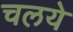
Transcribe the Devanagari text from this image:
चलये